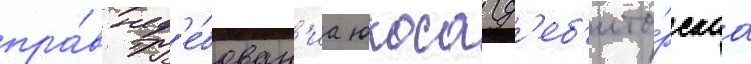
пра́в тр'е́бован'иа юкоса (д'еб'ито́рскаа